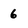
Character: 6